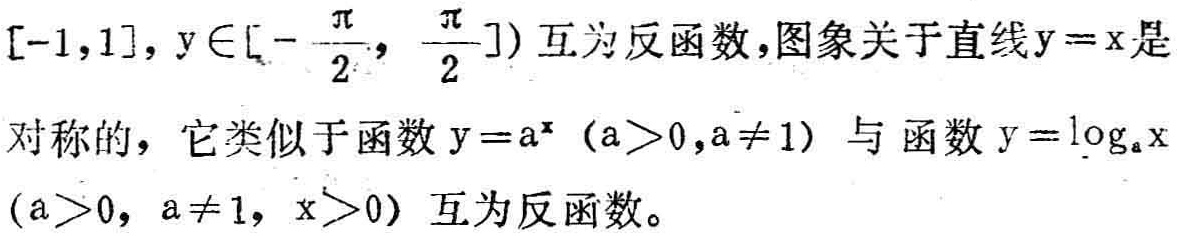
$[-1,1], y\in[-\frac{\pi}{2}, \frac{\pi}{2}]) 互为反函数,图象关于直线y = x是对称的，它类似于函数y = a^{x}（a>0,a\neq1）与函数y=\log_{a}x（a>0，a\neq1，x>0）互为反函数。$